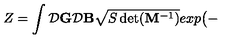
Z = \int { \cal D } { \bf G } { \cal D } { \bf B } \sqrt { S \det ( { \bf M } ^ { - 1 } ) } e x p \big ( -